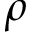
\rho